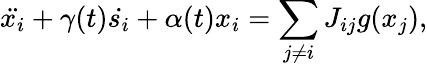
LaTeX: \ddot{x_{i}}+\gamma(t)\dot{s_{i}}+\alpha(t)x_{i}=\sum_{j\ne i}J_{ij}g(x_{j}),